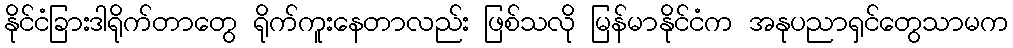
နိုင်ငံခြားဒါရိုက်တာတွေ ရိုက်ကူးနေတာလည်း ဖြစ်သလို မြန်မာနိုင်ငံက အနုပညာရှင်တွေသာမက